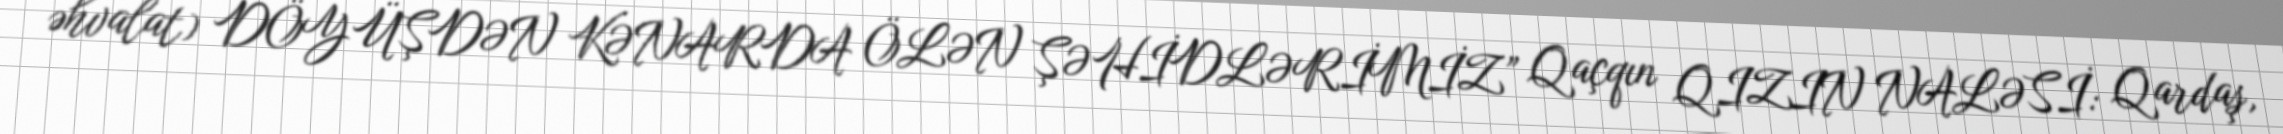
əhvalat) DÖYÜŞDƏN KƏNARDA ÖLƏN ŞƏHİDLƏRİMİZ” Qaçqın QIZIN NALƏSİ: Qardaş,